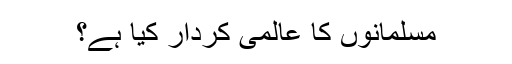
مسلمانوں کا عالمی کردار کیا ہے؟